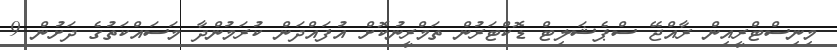
މިނިސްޓްރީއިން ރާއްޖޭ ސްޕެޝަލިޓް ޑޮކްޓަރުން ތަމްރީނުކޮށް އުފައްދަން ކުރަމުންދާ މަސައްކަތުގެ ދަށުން 9